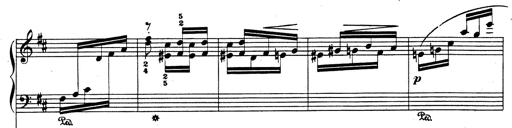
Title: Rhapsodie espagnole
Composer: Franz Liszt